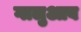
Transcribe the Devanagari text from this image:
गालुआब